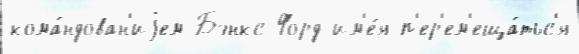
кома́ндован'иjем Бэнкс-Форд им'е́я п'ер'ем'еща́тьс'я